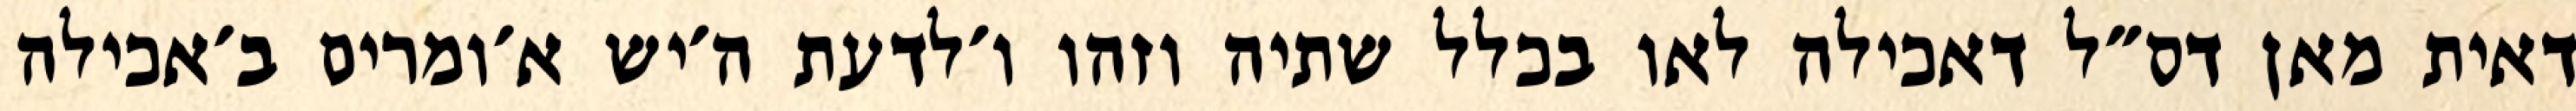
דאית מאן דס״ל דאכילה לאו בכלל שתיה וזהו ו׳לדעת ה׳יש א׳ומרים ב׳אכילה